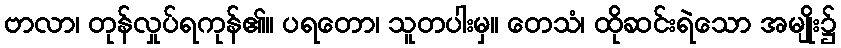
ဗာလာ၊ တုန်လှုပ်ရကုန်၏။ ပရတော၊ သူတပါးမှ။ တေသံ၊ ထိုဆင်းရဲသော အမျိုး၌